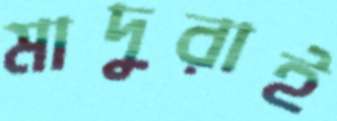
মাদুরাই